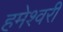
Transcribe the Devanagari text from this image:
हमेश्वरी